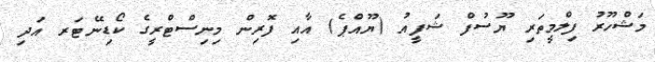
މަޝްހޫރު ފިލްމީތަރި ޔޫސުފް ޝަފީއު (ޔޫއްޕެ) އާއި ފޮރިން މިނިސްޓްރީގެ ކޯޑިނޭޓަރ އަދި